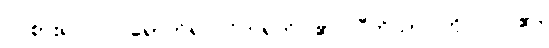
ဝင်စား၍။ ဝါ၊ ရောက်၍။ ဝိဟရတိ၊ ၏။ ပီတိယာ၊ ကို။ ဝါ၊ ၏။